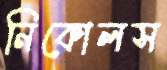
নিকোলস